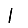
Digit: 1